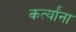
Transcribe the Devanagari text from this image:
कर्त्यांना